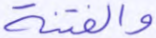
والفتنة